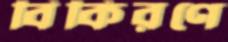
বিকিরণে